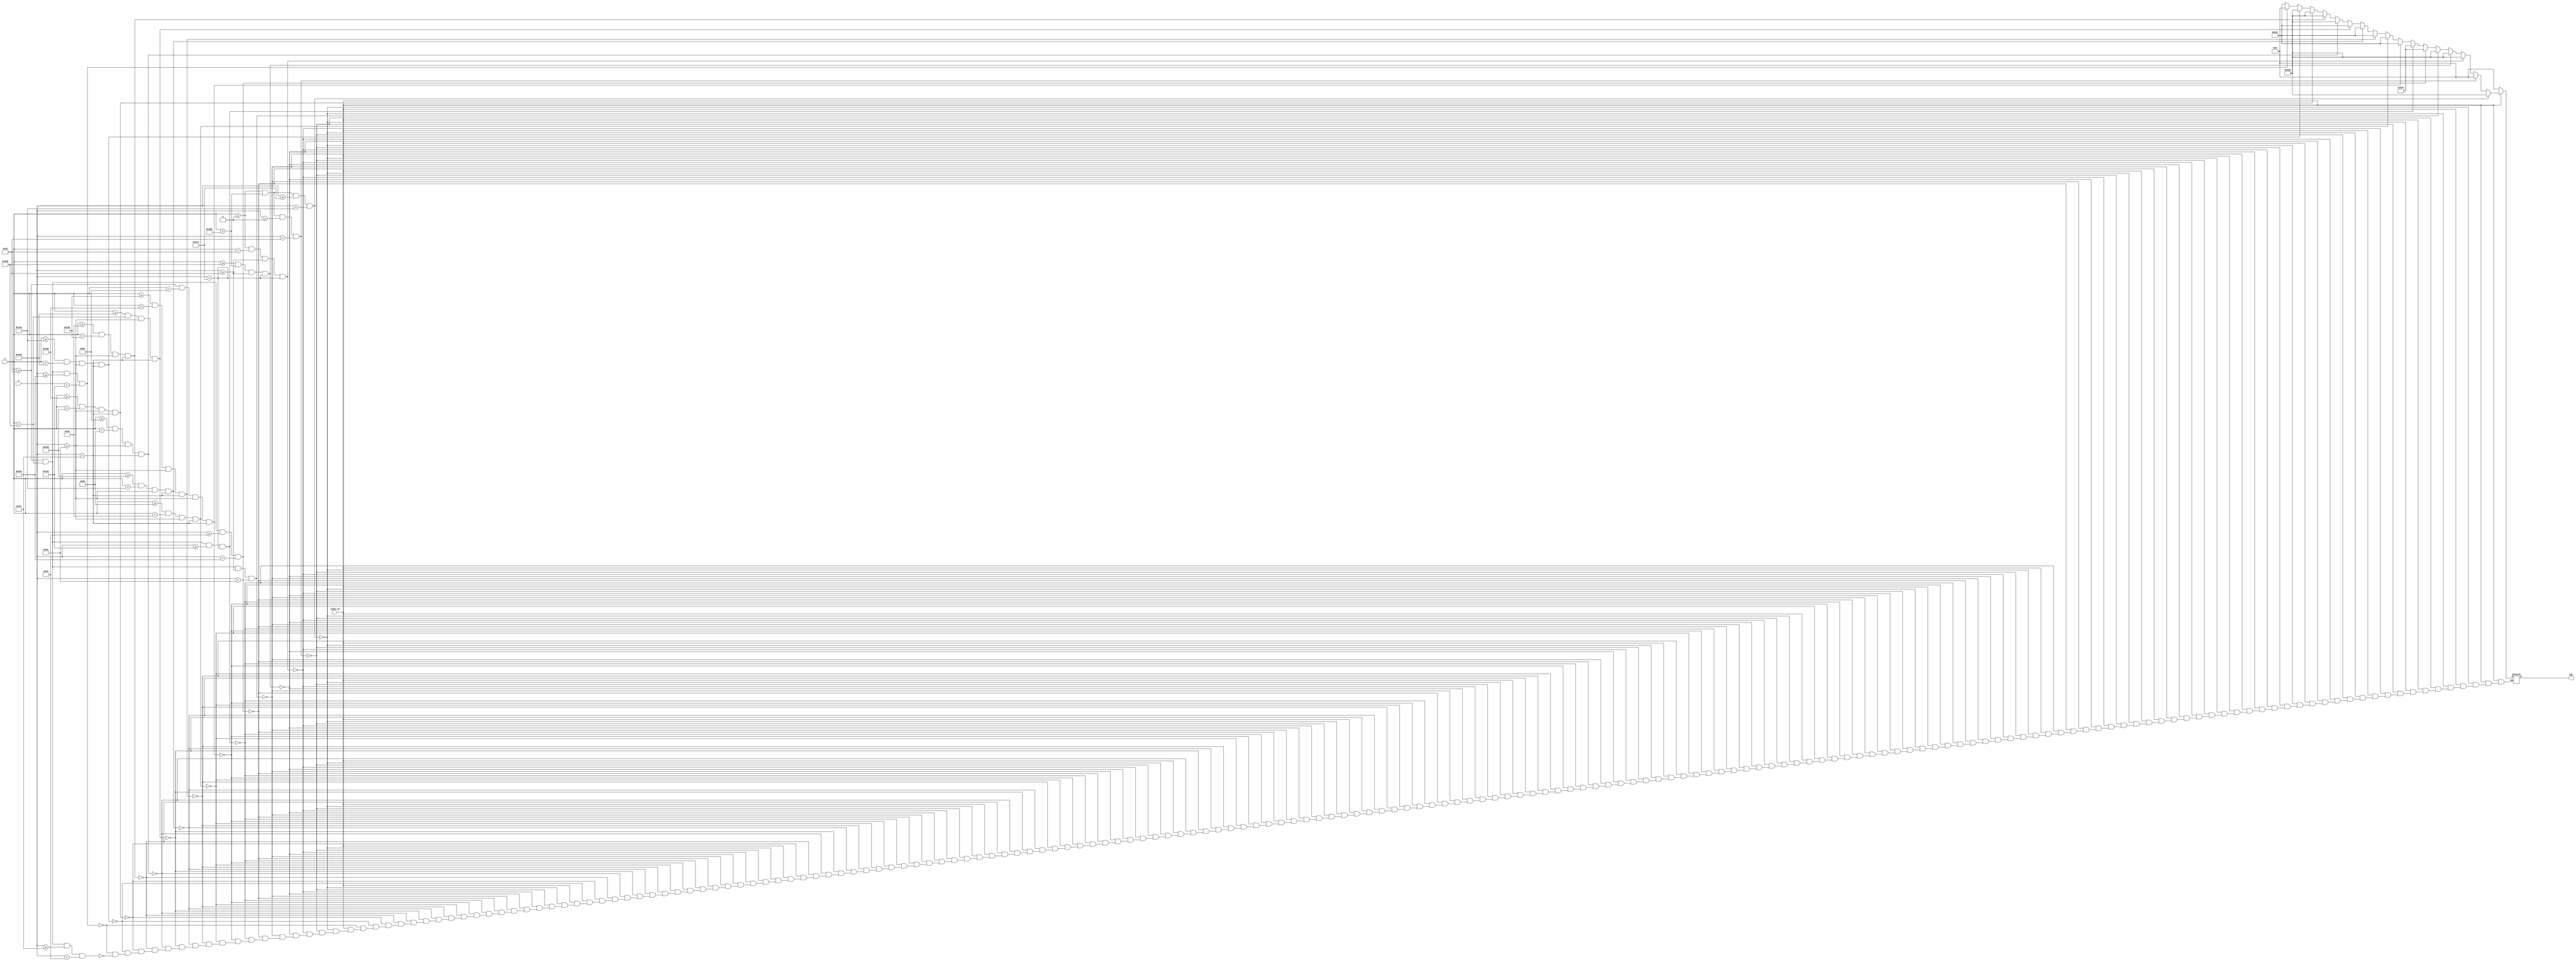
// This program was cloned from: https://github.com/FPGADude/Digital-Design
// License: GNU General Public License v3.0

`timescale 1ns / 1ps

module pixel_gen(
    //input clk_100MHz,   // sys clock
    //input reset,        // sys reset
    input video_on,     // from VGA controller
    input [9:0] x,      // from VGA controller
    input [9:0] y,      // from VGA controller
    output reg [11:0] rgb   // to VGA port
    );
    
    // RGB Color Values
    //parameter RED    = 12'h00F;
    parameter GREEN  = 12'h2A6;
    parameter BLUE   = 12'hA21;
    parameter YELLOW = 12'h5FF; 
    parameter BLACK  = 12'h000;
    
    // Pixel Location Status Signals
    wire bottom_green_on, top_black_on, left_green_on, right_green_on;
    wire upper_green__on, upper_yellow_on, lower_yellow_on;
    wire home1_on, home2_on, home3_on, home4_on, home5_on;      // all homes blue
    wire wall1_on, wall2_on, wall3_on, wall4_on;                // all walls green
    wire street_on, water_on;
    
    // Drivers for Status Signals
    assign bottom_green_on  = ((x >= 0)   && (x < 640)   &&  (y >= 452) && (y < 480));
    assign top_black_on = ((x >= 0)  && (x < 640)  &&  (y >= 0) && (y < 32));
    assign left_green_on   = ((x >= 0) && (x < 32)  &&  (y >= 32) && (y < 452));
    assign right_green_on  = ((x >= 608) && (x < 640)  &&  (y >= 32) && (y < 452));
    assign upper_green_on = ((x >= 32) && (x < 608)  &&  (y >= 32) && (y < 36));
    assign upper_yellow_on    = ((x >= 32) && (x < 608)  &&  (y >= 228) && (y < 260));
    assign lower_yellow_on   = ((x >= 32) && (x < 608)  &&  (y >= 420) && (y < 452));
    assign home1_on = ((x >= 32)   && (x < 96)   &&  (y >= 36) && (y < 68));
    assign wall1_on  = ((x >= 96) && (x < 160)  && (y >= 36) && (y < 68));
    assign home2_on = ((x >= 160) && (x < 224)  &&  (y >= 36) && (y < 68));
    assign wall2_on  = ((x >= 224) && (x < 288)  && (y >= 36) && (y < 68));
    assign home3_on = ((x >= 288) && (x < 352)  &&   (y >= 36) && (y < 68));
    assign wall3_on  = ((x >= 352) && (x < 416)  && (y >= 36) && (y < 68));
    assign home4_on = ((x >= 416) && (x < 480)  &&  (y >= 36) && (y < 68));
    assign wall4_on  = ((x >= 480) && (x < 544)  && (y >= 36) && (y < 68));
    assign home5_on = ((x >= 544) && (x < 608)  &&  (y >= 36) && (y < 68));    
    assign street_on = ((x >= 32) && (x < 608)  && (y >= 260) && (y < 420));
    assign water_on = ((x >= 32) && (x < 608)  &&  (y >= 68) && (y < 228));
    
    // Set RGB output value based on status signals
    always @*
        if(~video_on)
            rgb = BLACK;
        else
            if(bottom_green_on)
                rgb = GREEN;
            else if(top_black_on)
                rgb = BLACK;
            else if(left_green_on)
                rgb = GREEN;
            else if(right_green_on)
                rgb = GREEN;
            else if(upper_green_on)
                rgb = GREEN;
            else if(upper_yellow_on)
                rgb = YELLOW;
            else if(lower_yellow_on)
                rgb = YELLOW;
            else if(home1_on)
                rgb = BLUE;
            else if(home2_on)
                rgb = BLUE;
            else if(home3_on)
                rgb = BLUE;
            else if(home4_on)
                rgb = BLUE;
            else if(home5_on)
                rgb = BLUE;
            else if(wall1_on)
                rgb = GREEN;
            else if(wall2_on)
                rgb = GREEN;
            else if(wall3_on)
                rgb = GREEN;
            else if(wall4_on)
                rgb = GREEN;
            else if(street_on)
                rgb = BLACK;
            else if(water_on)
                rgb = BLUE;
   
endmodule